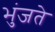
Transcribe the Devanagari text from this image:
भुंजते